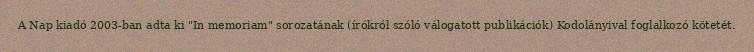
A Nap kiadó 2003-ban adta ki "In memoriam" sorozatának (írókról szóló válogatott publikációk) Kodolányival foglalkozó kötetét.